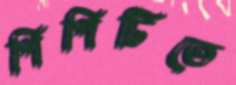
পিপিটিতে